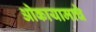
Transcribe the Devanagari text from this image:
ओकायामाचे